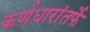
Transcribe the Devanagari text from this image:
कर्णधारांतर्फे